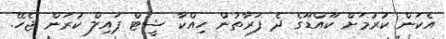
އެކަން ކުރުމަށް ކޫއްޑޫގެ ދެ ފަރާތުން ހިއްކާ ޝީޓް ޕައިލް ކުރަން ޖެހޭ.